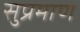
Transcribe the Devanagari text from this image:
सुप्रमाण